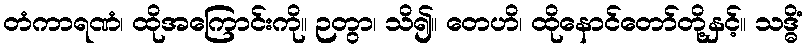
တံကာရဏံ၊ ထိုအကြောင်းကို။ ဉတွာ၊ သိ၍။ တေဟိ၊ ထိုနောင်တော်တို့နှင့်။ သဒ္ဓိံ